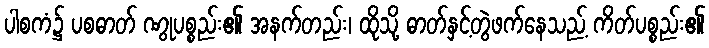
ပါစကံ၌ ပစဓာတ် ဏွုပစ္စည်း၏ အနက်တည်း၊ ထိုသို့ ဓာတ်နှင့်တွဲဖက်နေသည့် ကိတ်ပစ္စည်း၏